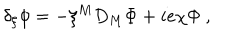
LaTeX: \delta _ { \xi } \phi = - \xi ^ { M } D _ { M } \Phi + i e \chi \Phi ~ ,